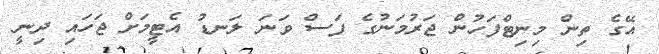
އޭގެ ތިން މިނިޓްފަހުން ޖަރުމަނުގެ ފަސް ވަނަ ލަނޑު އެޓީމަށް ޖަހައި ދިނީ